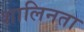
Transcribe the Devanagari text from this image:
शालिनता